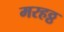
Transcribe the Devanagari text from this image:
मरहठ्ठ